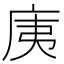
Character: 𭙚